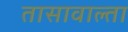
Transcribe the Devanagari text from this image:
तासावाल्ता